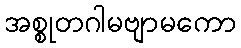
အစ္စုတဂါမဗျာမကော